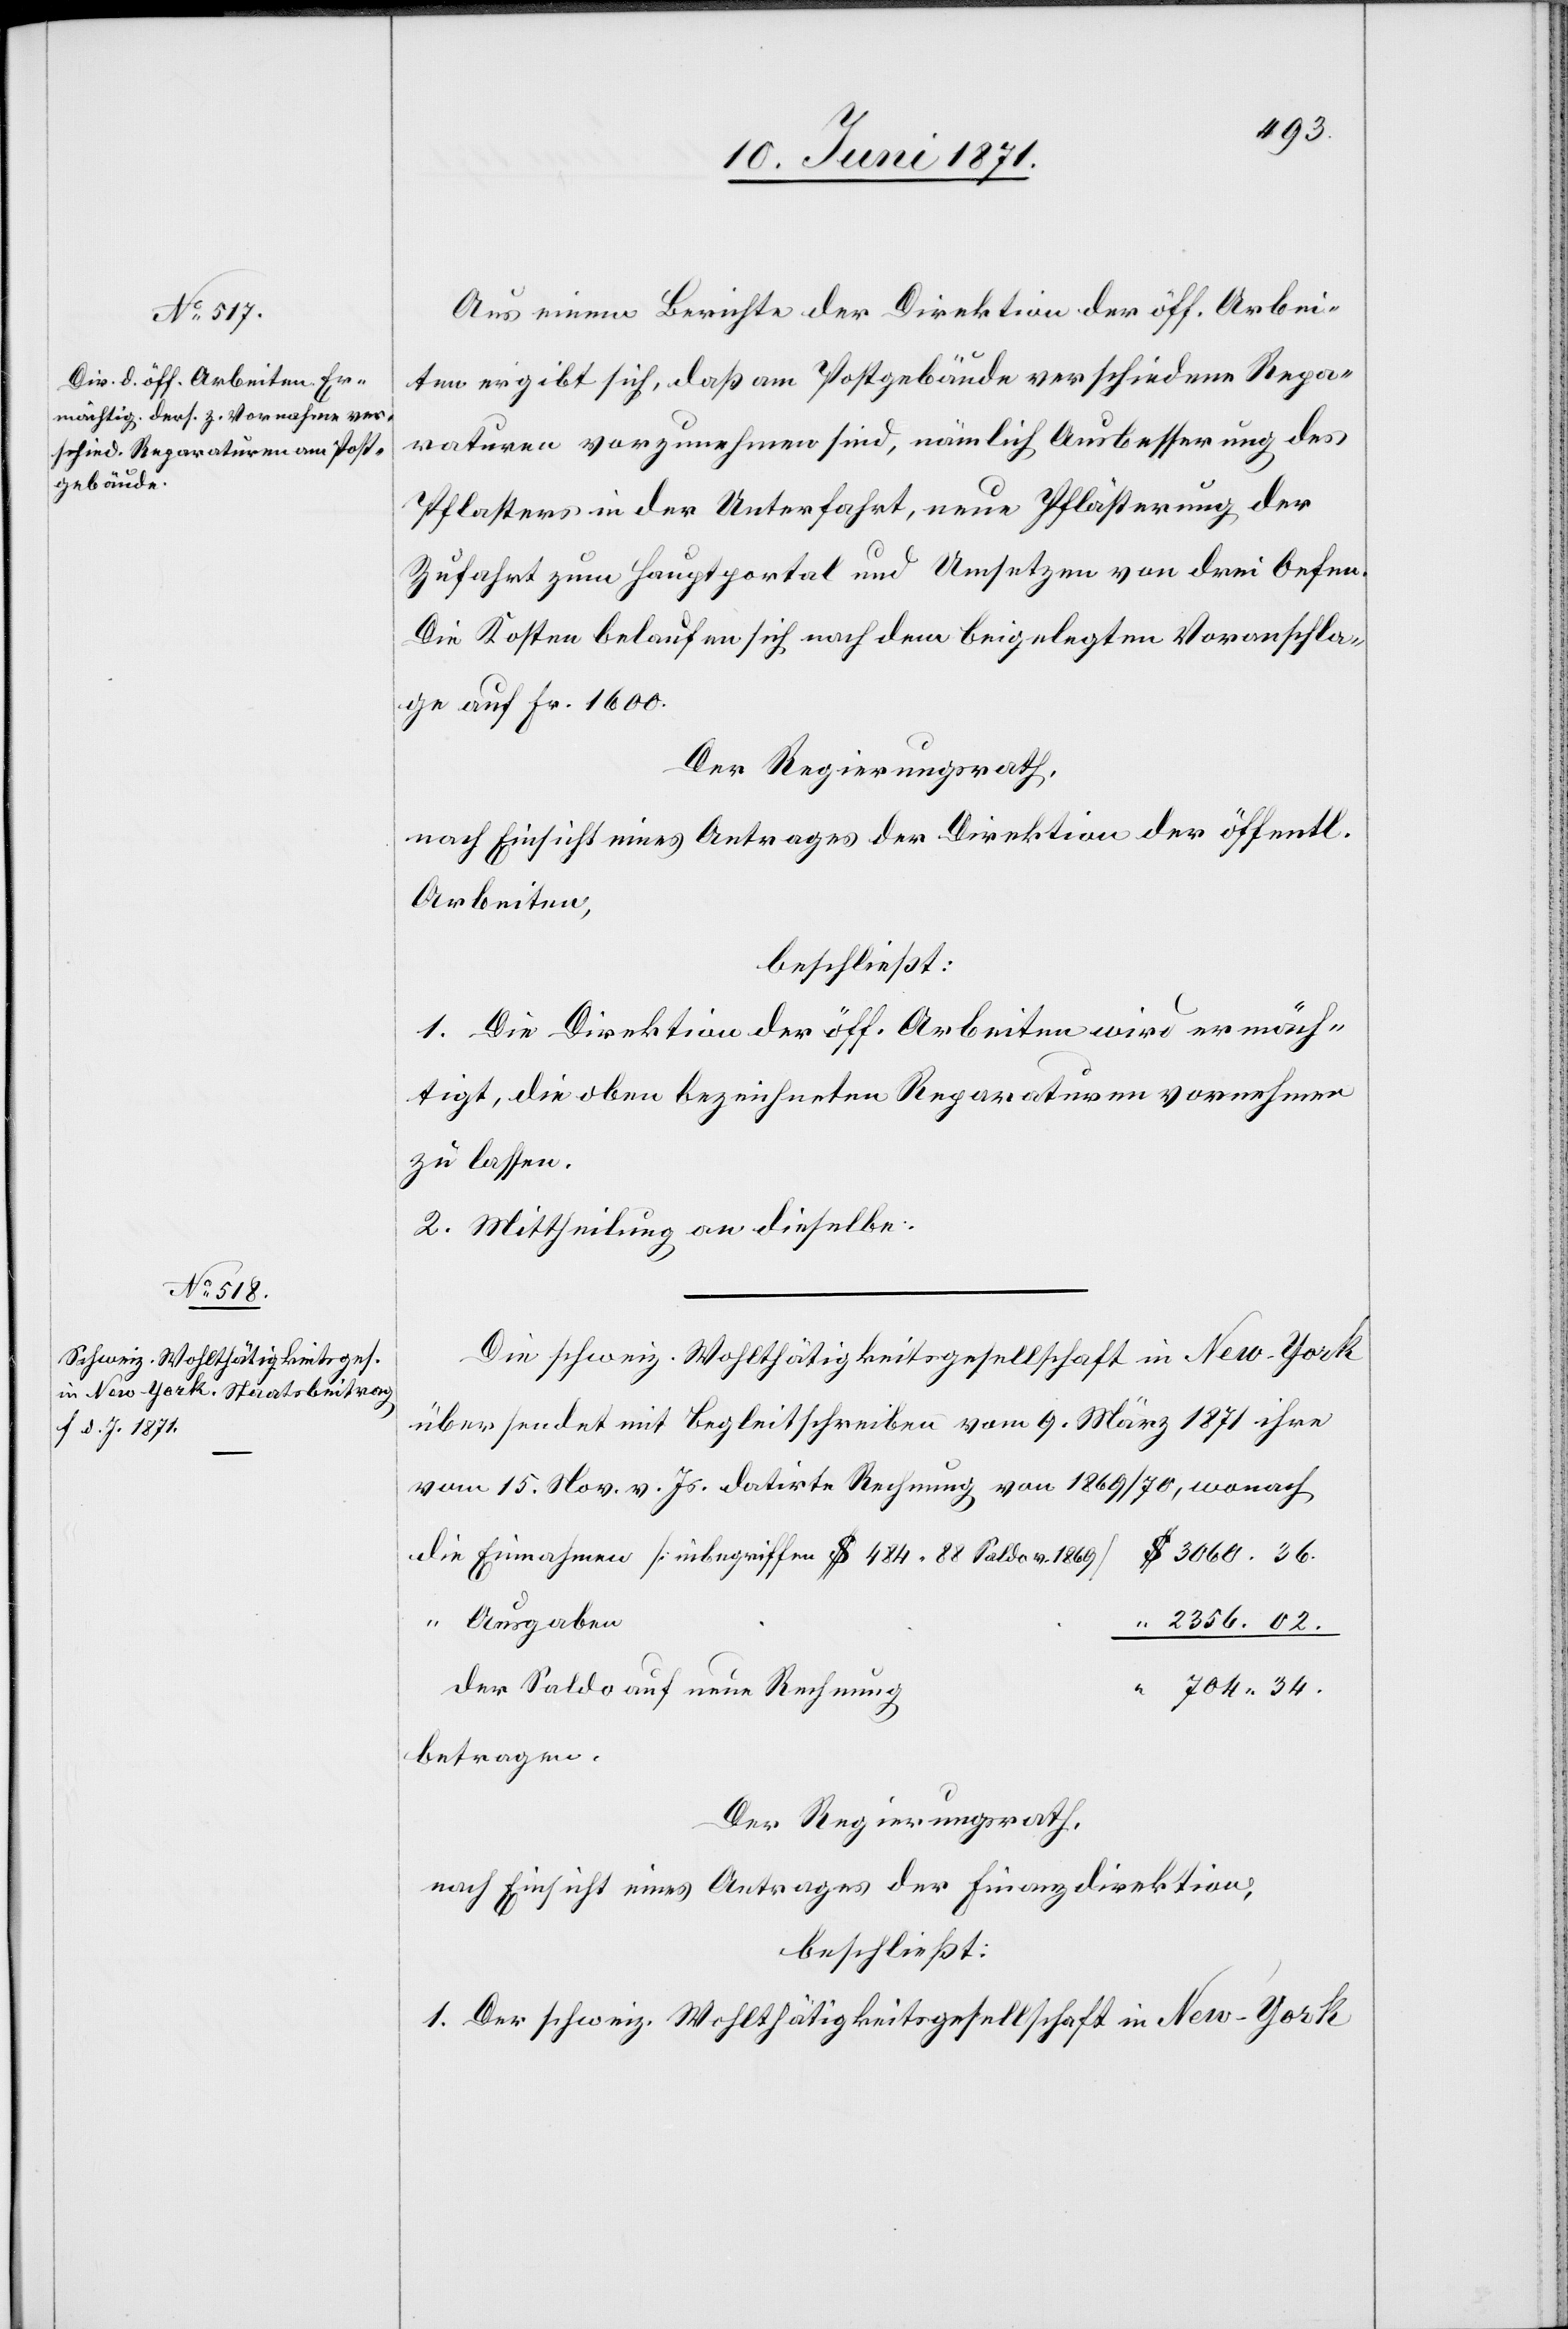
704.34.
Aus einem Berichte der Direktion der öff. Arbei¬
ten ergibt sich, daß am Postgebäude verschiedene Repa¬
raturen vorzunehmen sind, nämlich Ausbesserung des
Pflasters in der Unterfahrt, neue Pflästerung der
Zufahrt zum Hauptportal und Umsetzen von drei Oefen.
Die Kosten belaufen sich nach dem beigelegten Voranschla¬
ge auf Fr. 1600.
Der Regierungsrath,
nach Einsicht eines Antrages der Direktion der öffentl.
Arbeiten,
beschließt:
1. Die Direktion der öff. Arbeiten wird ermäch¬
tigt, die oben bezeichneten Reparaturen vornehmen
zu lassen.
2. Mittheilung an dieselbe.
Die schweiz. Wohlthätigkeitsgesellschaft in New-York
übersendet mit Begleitschreiben vom 9. März 1871 ihre
vom 15. Nov. v. Js. datirte Rechnung von 1869/70,
die Einnahmen [inbegriffen $ 484.88 Saldo v. 1869]
3060.36.
“ Ausgaben
2356.02.
der Saldo auf neue Rechnung
betragen.
Der Regierungsrath,
nach Einsicht eines Antrages der Finanzdirektion,
beschließt:
1. Der schweiz. Wohlthätigkeitsgesellschaft in New-York